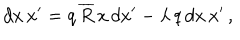
d x \, x ^ { \prime } = q \, \overline { { { R } } } \, x \, d x ^ { \prime } - \lambda \, q \, d x \, x ^ { \prime } \, ,